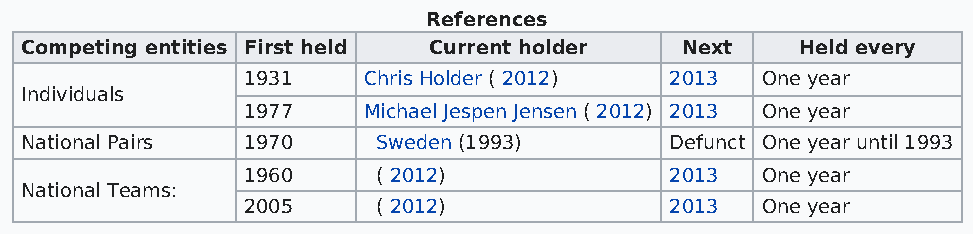
References
 Competing entities First held Current holder Next   Held every
 1931    Chris Holder ( 2012) 2013 One year
 Individuals
 1977    Michael Jespen Jensen ( 2012) 2013 One year
 National Pairs 1970     Sweden (1993)      Defunct One year until 1993
 1960     ( 2012)            2013  One year
 National Teams:
 2005     ( 2012)            2013  One year